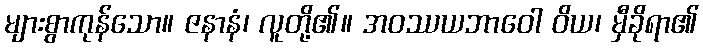
များစွာကုန်သော။ ဇနာနံ၊ လူတို့၏။ အဝဿယဘာဝေါ ဝိယ၊ မှီခိုရာ၏